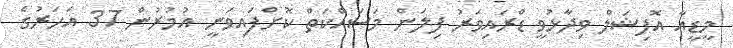
މީޑީއާ އޮފިޝަލް ވިދާޅުވީ ޑްރައިވަރު ފިލަން މަސައްކަތް ކޮށްފައިވަނީ އުމުރުން 37 އަހަރުގެ